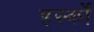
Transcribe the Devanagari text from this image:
हर्स्को